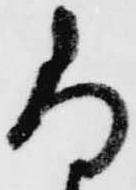
尚